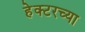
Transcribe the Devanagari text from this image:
हेक्टरच्या